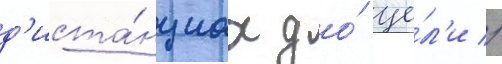
д'иста́нциах до́ це́л'и //